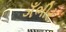
ગઁભીર